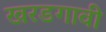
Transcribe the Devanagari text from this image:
खरडगावी